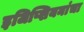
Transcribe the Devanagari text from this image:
इजिप्शियनांचा